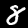
Digit: 8